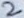
Text: 2